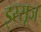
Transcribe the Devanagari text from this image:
इस्सूज